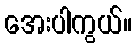
အေးပါကွယ်။